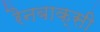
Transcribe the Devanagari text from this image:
रैनबाक्सी